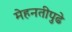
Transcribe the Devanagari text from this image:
मेहनतीपुढे